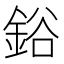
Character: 鋊